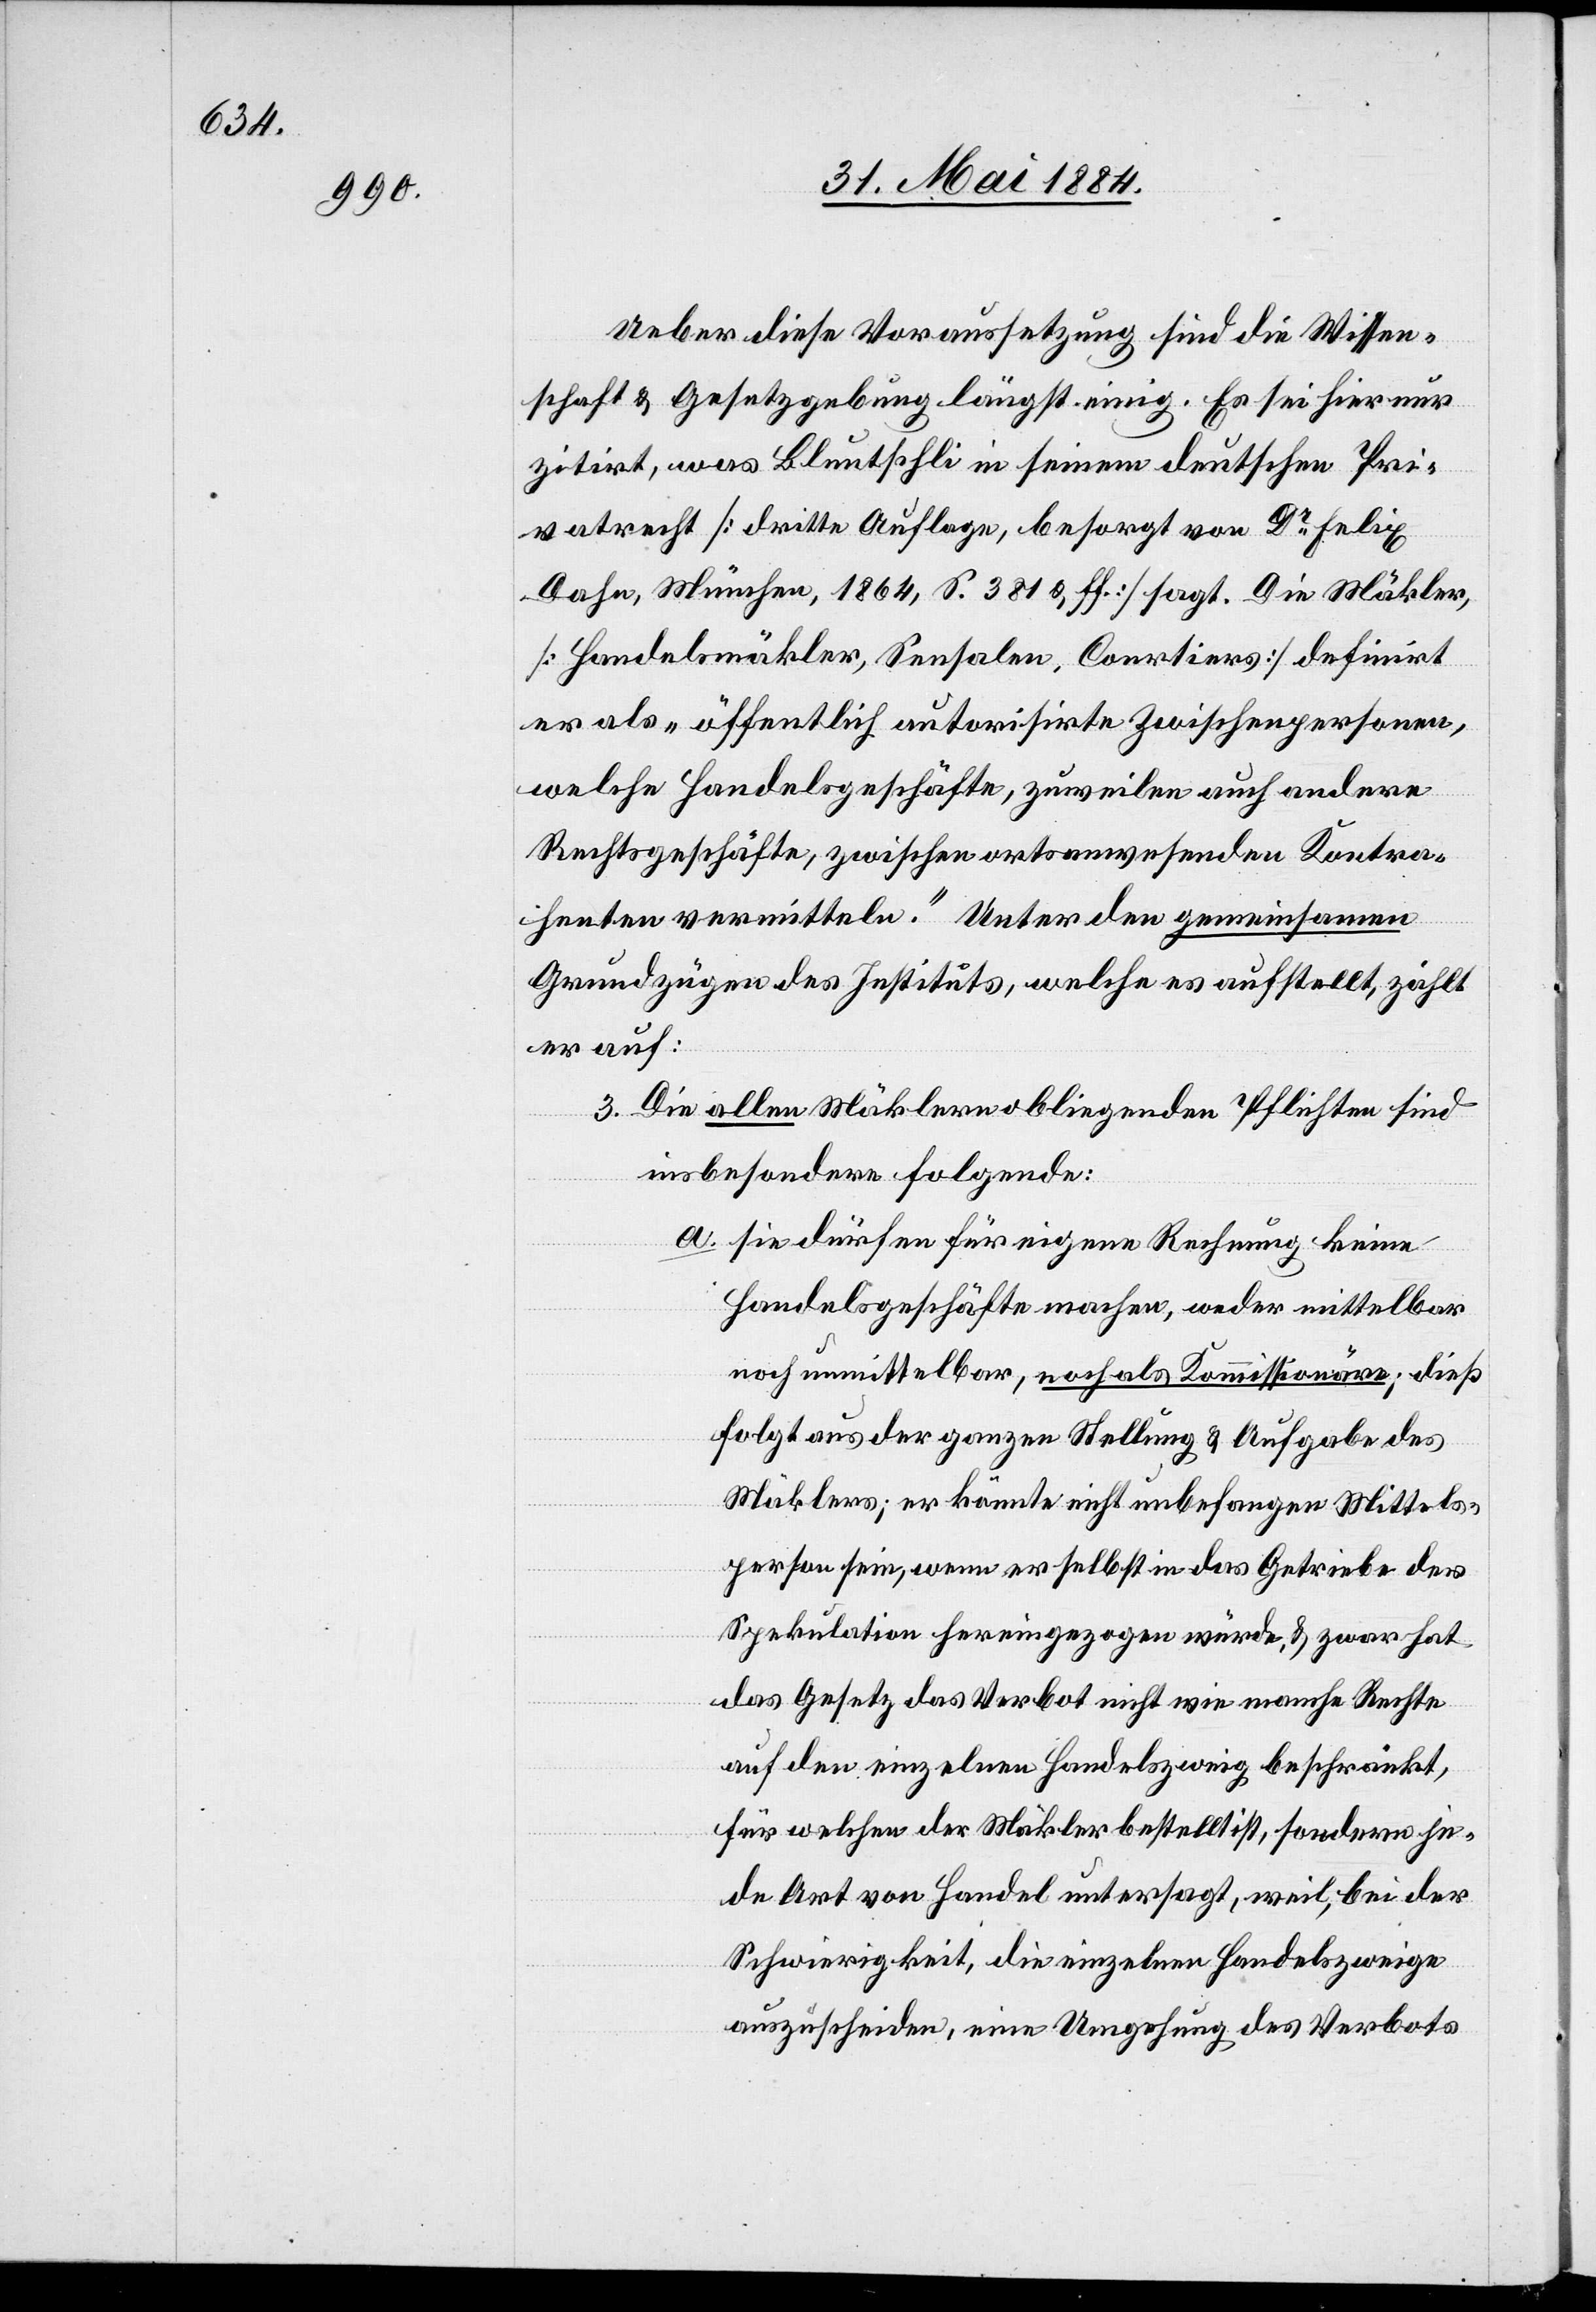
Ueber diese Voraussetzung sind die Wissen¬
schaft & Gesetzgebung längst einig. Es sei hier nur
zitirt, was Bluntschli in seinem deutschen Pri¬
vatrecht [dritte Auflage, besorgt von Dr Felix
Dahn, München, 1884, S. 381 & ff.] sagt. Die Mäkler,
[Handelsmäkler, Sensalen, Coertiers] definirt
er als „öffentlich autorisirte Zwischenpersonen,
welche Handelsgeschäfte, zuweilen auch andere
Rechtsgeschäfte, zwischen ortsanwesenden Kontra¬
henten vermitteln.“ Unter den gemeinsamen
Grundzügen des Instituts, welche es aufstellt, zählt
er auf:
„3. Die allen Mäklern obliegenden Pflichten sind
insbesondere folgende:
a. sie dürfen für eigene Rechnung keine
Handelsgeschäfte machen, weder mittelbar
noch unmittelbar, noch als Kommissionäre; dieß
folgt aus der ganzen Stellung & Aufgabe des
Mäklers; er könnte nicht unbefangen Mittels¬
person sein, wenn er selbst in das Getriebe der
Spekulation hereingezogen würde, & zwar hat
das Gesetz das Verbot nicht wie manche Rechte
auf den einzelnen Handelszweig beschränkt,
für welchen der Mäkler bestellt ist, sondern je¬
de Art von Handel untersagt, weil, bei der
Schwierigkeit, die einzelnen Handelszweige
auszuschreiben, eine Umgehung es Verbots